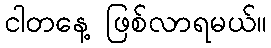
ငါတနေ့ ဖြစ်လာရမယ်။